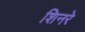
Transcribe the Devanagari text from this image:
शिनरे